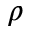
\rho